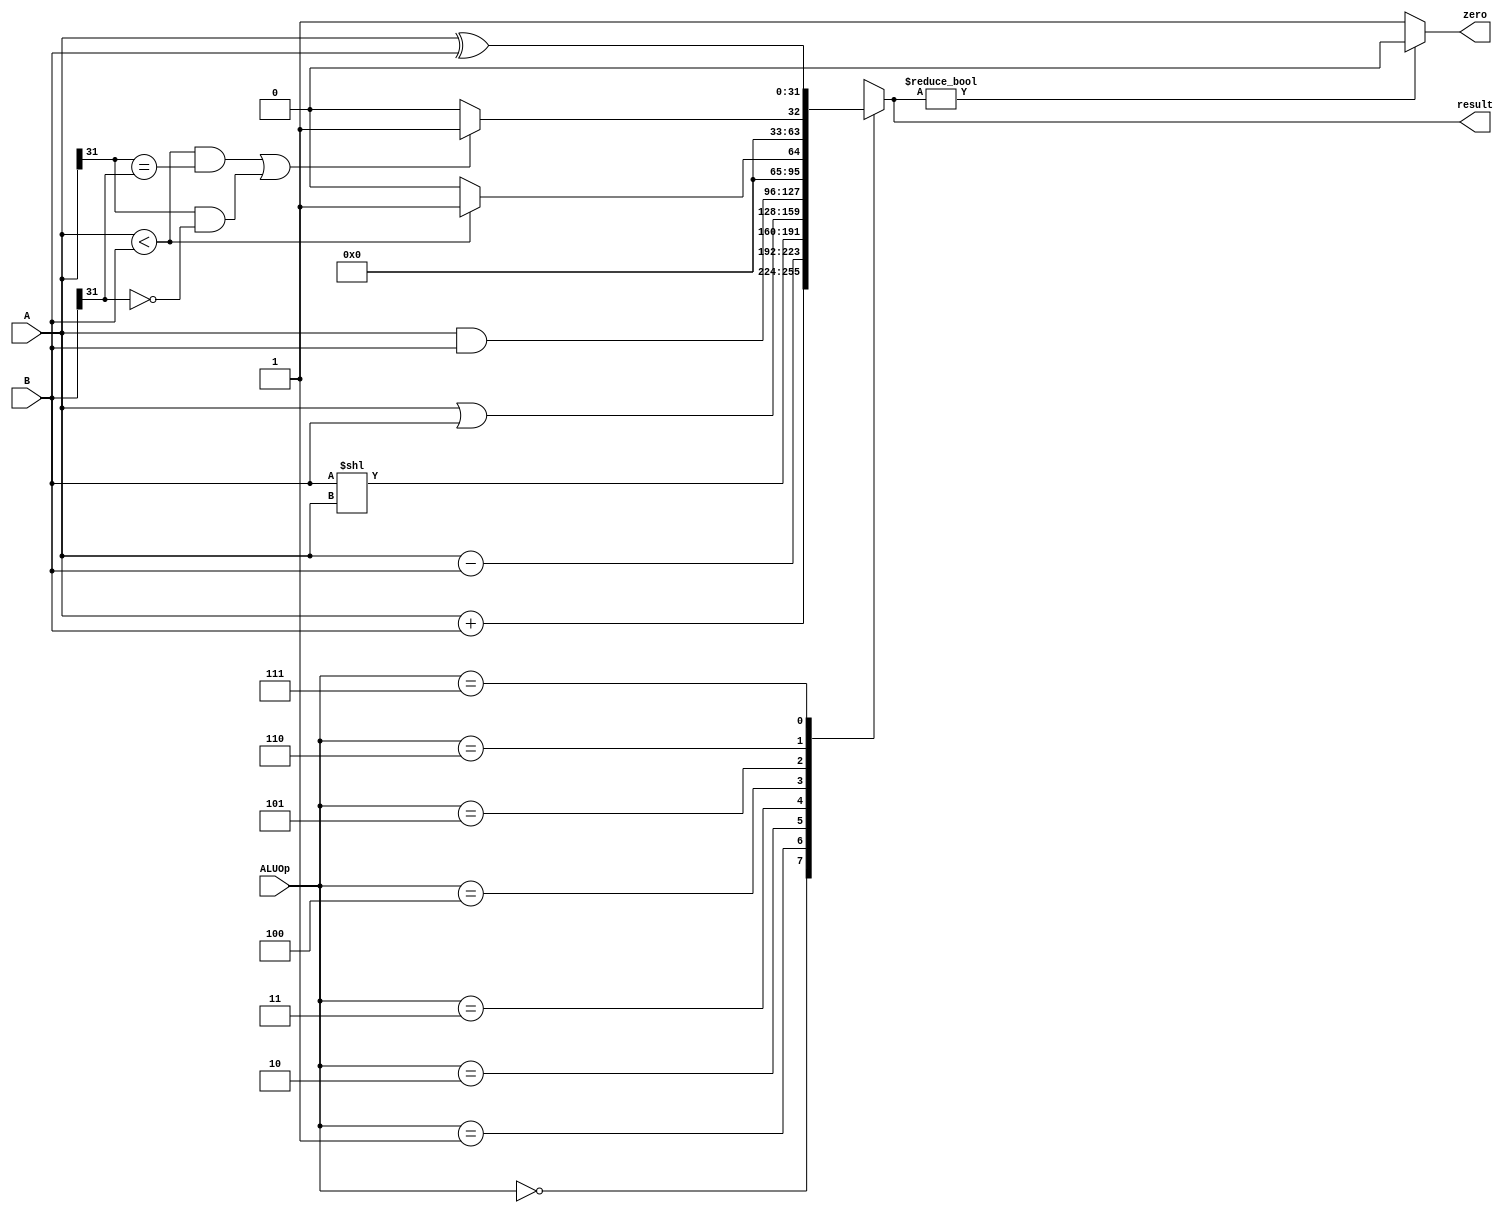
`timescale 1ns / 1ps
//////////////////////////////////////////////////////////////////////////////////
// Company: 
// Engineer: 
// 
// Design Name: 
// Module Name: ALU
// Project Name: 
// Target Devices: 
// Tool Versions: 
// Description: 
// 
// Dependencies: 
// 
// Revision:
// Revision 0.01 - File Created
// Additional Comments:
// 
//////////////////////////////////////////////////////////////////////////////////


module ALU(
    input [31:0] A,
    input [31:0] B,
    input [2:0] ALUOp,    
    output reg [31:0] result,
    output zero
    );
    initial begin
        result = 0;
    end
    // if result = 0 then zero = 1 otherwise zero = 0
    // assign is Continuous Assignments
    assign zero = (result? 0 : 1);
    // if A or B or ALUOp change then result change
    always @(A or B or ALUOp) begin
        case(ALUOp)
            3'b000: result = A + B;
            3'b001: result = A - B;
            3'b010: result = B << A;
            3'b011: result = A | B;
            3'b100: result = A & B;
            3'b101: result = (A < B) ? 1 : 0;
            3'b110: result = (((A < B) && (A[31] == B[31])) || ((A[31] && !B[31]))) ? 1 : 0;
            3'b111: result = (A^B);
            default: result = 0;
        endcase
    end
endmodule